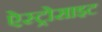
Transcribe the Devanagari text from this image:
ऐस्ट्रोसाइट